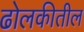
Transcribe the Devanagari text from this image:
ढोलकीतील